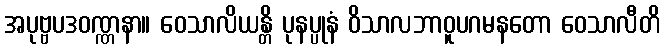
အပုဗ္ဗပဒဝဏ္ဏနာ။ ဝေသာလိယန္တိ ပုနပ္ပုနံ ဝိသာလဘာဝူပဂမနတော ဝေသာလီတိ